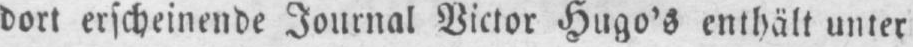
dort erscheinende Journal Victor Hugo’s enthält unter